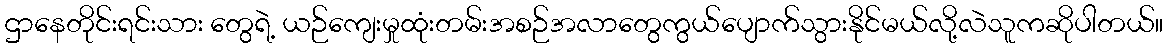
ဌာနေတိုင်းရင်းသား တွေရဲ့ ယဉ်ကျေးမှုထုံးတမ်းအစဉ်အလာတွေကွယ်ပျောက်သွားနိုင်မယ်လို့လဲသူကဆိုပါတယ်။